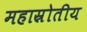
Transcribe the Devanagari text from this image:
महास्रोतीय